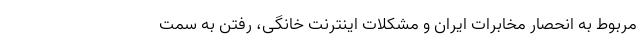
مربوط به انحصار مخابرات ایران و مشکلات اینترنت خانگی، رفتن به سمت